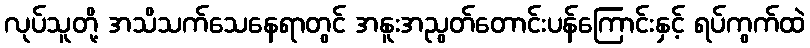
လုပ်သူတို့ အသိသက်သေနေရာတွင် အနူးအညွတ်တောင်းပန်ကြောင်းနှင့် ရပ်ကွက်ထဲ